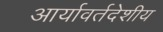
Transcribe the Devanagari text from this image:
आर्यावर्तदेशीय